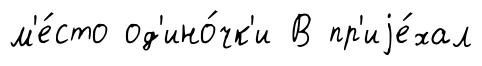
м'е́сто од'ино́чк'и В пр'иjе́хал